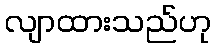
လျာထားသည်ဟု